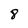
Character: 8